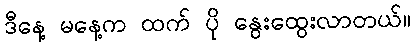
ဒီနေ့ မနေ့က ထက် ပို နွေးထွေးလာတယ်။